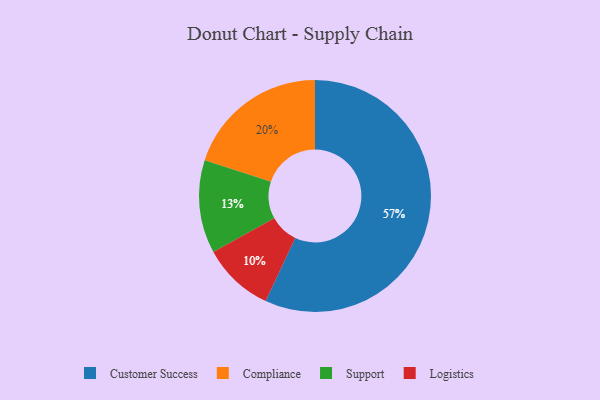
{"axis": {"x": "Category", "y": "Percentage"}, "legend": ["Compliance", "Customer Success", "Logistics", "Support"], "data": [{"x": "Logistics", "y": 10, "type": "Logistics"}, {"x": "Customer Success", "y": 57, "type": "Customer Success"}, {"x": "Support", "y": 13, "type": "Support"}, {"x": "Compliance", "y": 20, "type": "Compliance"}]}